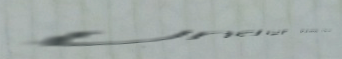
Under New Mgmt